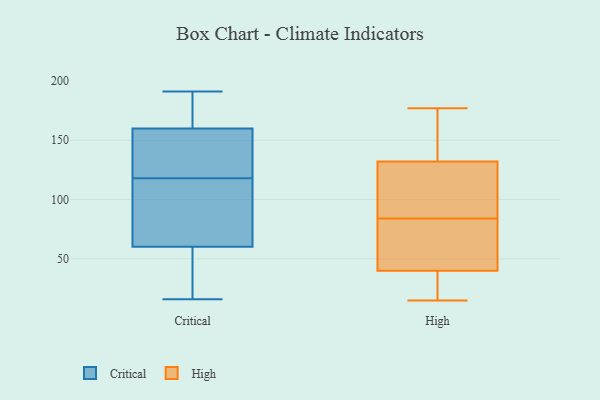
{"axis": {"x": "Net Income (USD K)", "y": "Value"}, "legend": ["Critical", "High"], "data": [{"x": "", "y": 101, "type": "Critical"}, {"x": "", "y": 24, "type": "Critical"}, {"x": "", "y": 91, "type": "Critical"}, {"x": "", "y": 118, "type": "Critical"}, {"x": "", "y": 19, "type": "Critical"}, {"x": "", "y": 107, "type": "Critical"}, {"x": "", "y": 16, "type": "Critical"}, {"x": "", "y": 187, "type": "Critical"}, {"x": "", "y": 36, "type": "Critical"}, {"x": "", "y": 187, "type": "Critical"}, {"x": "", "y": 145, "type": "Critical"}, {"x": "", "y": 130, "type": "Critical"}, {"x": "", "y": 165, "type": "Critical"}, {"x": "", "y": 50, "type": "Critical"}, {"x": "", "y": 129, "type": "Critical"}, {"x": "", "y": 102, "type": "Critical"}, {"x": "", "y": 141, "type": "Critical"}, {"x": "", "y": 170, "type": "Critical"}, {"x": "", "y": 191, "type": "Critical"}, {"x": "", "y": 46, "type": "High"}, {"x": "", "y": 80, "type": "High"}, {"x": "", "y": 171, "type": "High"}, {"x": "", "y": 132, "type": "High"}, {"x": "", "y": 40, "type": "High"}, {"x": "", "y": 104, "type": "High"}, {"x": "", "y": 24, "type": "High"}, {"x": "", "y": 108, "type": "High"}, {"x": "", "y": 83, "type": "High"}, {"x": "", "y": 15, "type": "High"}, {"x": "", "y": 85, "type": "High"}, {"x": "", "y": 177, "type": "High"}, {"x": "", "y": 168, "type": "High"}, {"x": "", "y": 16, "type": "High"}]}